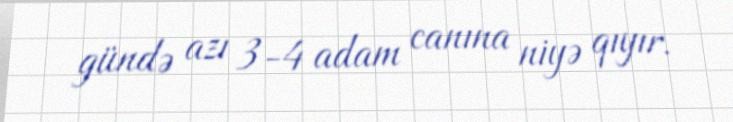
gündə azı 3-4 adam canına niyə qıyır.